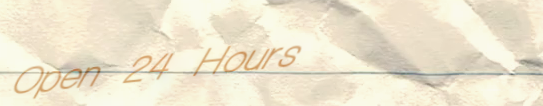
Open 24 Hours